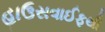
હાઉસવાઈફથી